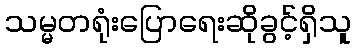
သမ္မတရုံးပြောရေးဆိုခွင့်ရှိသူ